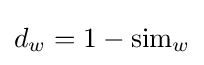
d_{w}=1-{\text{sim}}_{w}